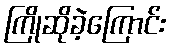
ကြိုဆိုခဲ့ကြောင်း